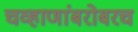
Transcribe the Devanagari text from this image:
चव्हाणांबरोबरच